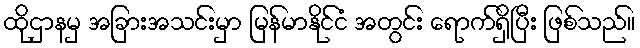
ထိုဌာနမှ အခြားအသင်းမှာ မြန်မာနိုင်ငံ အတွင်း ရောက်ရှိပြီး ဖြစ်သည်။